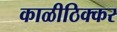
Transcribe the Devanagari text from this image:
काळीठिक्कर